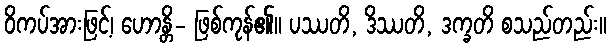
ဝိကပ်အားဖြင့်၊ ဟောန္တိ- ဖြစ်ကုန်၏။ ပဿတိ, ဒိဿတိ, ဒက္ခတိ စသည်တည်း။